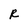
Character: R